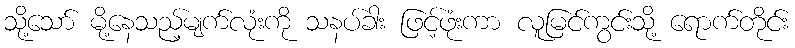
သို့သော် မို့နေသည့်မျက်လုံးကို သနပ်ခါး ဖြင့်ဖုံးကာ လူမြင်ကွင်းသို့ ရောက်တိုင်း